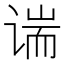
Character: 𫍱